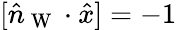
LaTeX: [\hat{n}_{\mathrm{~W~}}\cdot\hat{x}]=-1